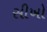
સીખો